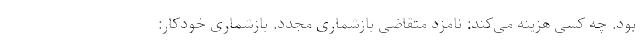
بود. چه کسی هزینه می‌کند: نامزد متقاضی بازشماری مجدد. بازشماری خودکار: